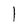
Character: 1